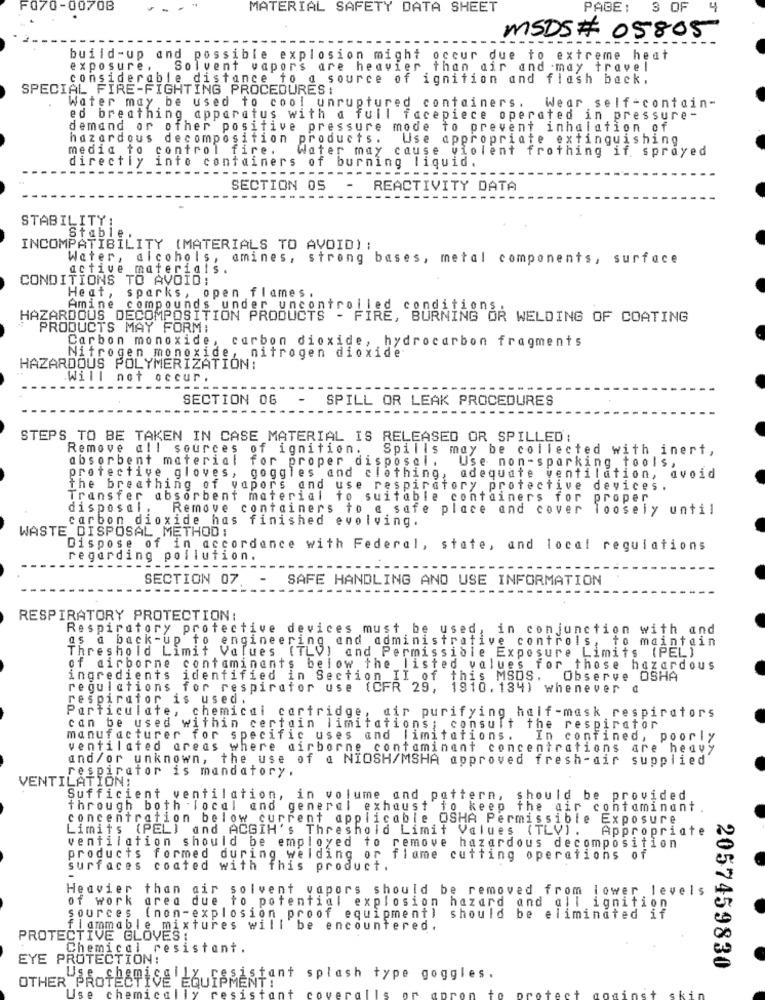
F070-0070B
MATERIAL SAFETY DATA SHEET
PAGE:
3 OF
4
MSDS# 05805
build-up and possible explosion might
occur due to extreme heat
exposure .
Solvent vapors are heavier than air and may travel
considerable distance to a source of ignition and flash back.
SPECIAL FIRE-FIGHTING PROCEDURES :
Water may be used to cool unruptured containers. Wear self-contain-
ed breathing apparatus with a full facepiece operated in pressure-
demand or other positive pressure mode to prevent inhalation of
hazardous decomposition products .
Use appropriate extinguishing
media to control fire.
Water may cause violent frothing if sprayed
directly into containers of burning liquid.
-----------
-----
---
SECTION 05
REACTIVITY DATA
-----
-----
STABILITY!
Stable
INCOMPATIBILITY (MATERIALS TO AVOID) ;
Water, alcohols, amines, strong bases, metal components, surface
active materials.
CONDITIONS TO AVOID :
Heat , sparks , open flames .
Amine compounds under uncontrolled conditions.
HAZARDOUS DECOMPOSITION PRODUCTS - FIRE, BURNING OR WELDING OF COATING
PRODUCTS MAY FORM:
Carbon monoxide,
carbon dioxide, hydrocarbon fragments
Nitrogen monoxide, nitrogen dioxide
HAZARDOUS POLYMERIZATION:
Will not occur.
---------
---
----
SECTION 06
SPILL OR LEAK PROCEDURES
STEPS TO BE TAKEN IN CASE MATERIAL IS RELEASED OR SPILLED:
Remove all sources of ignition.
Spil is may be collected with inert,
absorbent material for proper disposal .
Use non-sparking tools,
protective gloves, goggles and clothing, adequate ventilation, avoid
The breathing of vapors and use respiratory protective devices.
Transfer absorbent material to suitable containers for proper
disposal ,
Remove containers to a safe place and cover loosely until
carbon dioxide has finished evolving.
WASTE DISPOSAL METHOD :
Dispose of in accordance with Federal, state, and local regulations
regarding pollution.
--------------
--------
SECTION 07
SAFE HANDLING AND USE INFORMATION
--------
RESPIRATORY PROTECTION:
Respiratory protective devices must be used, in conjunction with and
as a back-up to engineering and administrative controls, to maintain
Threshold Limit Values (TLV) and Permissible Exposure Limits (PEL)
of airborne contaminants below the listed values for those hazardous
ingredients identified in Section II of this MSDS.
Observe OSHA
regulations for respirator use (CFR 29, 1910. 134) whenever d
respirator is used.
Particulate, chemical cartridge, air purifying half-mask respirators
can be used within certain limitations; consult the respirator
manufacturer for specific uses and limitations. In confined, poorly
ventilated areas where airborne contaminant concentrations are heavy
and/or unknown, the use of @ NIOSH/MSHA approved fresh-dir
supplied
respirator is mandatory .
VENTILATION!
Sufficient ventilation, in volume and pattern, should be provided
through both local and general exhaust fo keep the dir contaminant.
concentration below current applicable OSHA Permissible Exposure
Limits (PEL) and ACGIH's Threshold Limit Values (TLV).
Appropriate
ventilation should be employed to remove hazardous decomposition
products formed during welding or flame cutting operations of
surfaces coated with this product.
Heavier than air solvent vapors should be removed from lower levels
of work area due to potential explosion hazard and all ignition
sources (non-explosion proof equipment) should be eliminated if
flammable mixtures will be encountered.
PROTECTIVE GLOVES :
Chemical resistant.
EYE PROTECTION:
2057459830
OTHER
ssistant splash type goggles.
„SPADISE EQUIPMENT !
at
ani
to